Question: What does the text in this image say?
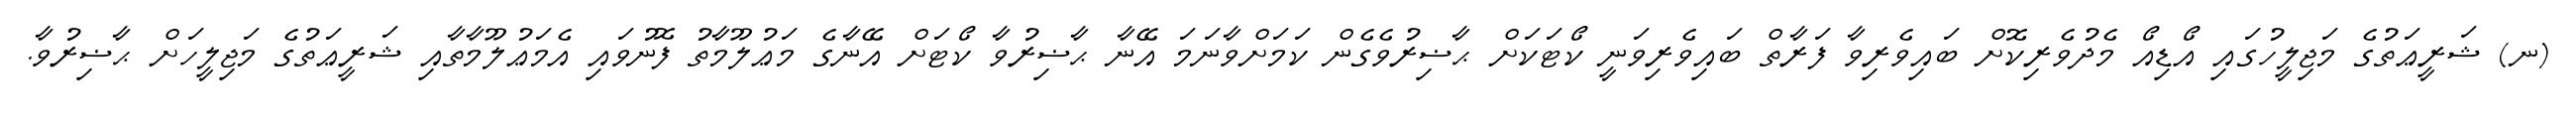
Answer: (ނ) ޝަރީޢަތުގެ މަޖިލީހުގައި އޯޑިއޯ މެދުވެރިކޮށް ބައިވެރިވާ ފަރާތް ބައިވެރިވަނީ ކޯޓަކަށް ޙާޟިރުވެގެން ކަމަށްވާނަމަ އޭނާ ޙާޟިރުވާ ކޯޓަށް އޭނާގެ މަޢުލޫމާތު ފޮނުވައި އެމަޢުލޫމާތާއި ޝަރީޢަތުގެ މަޖިލީހަށް ޙާޟިރުވާ.